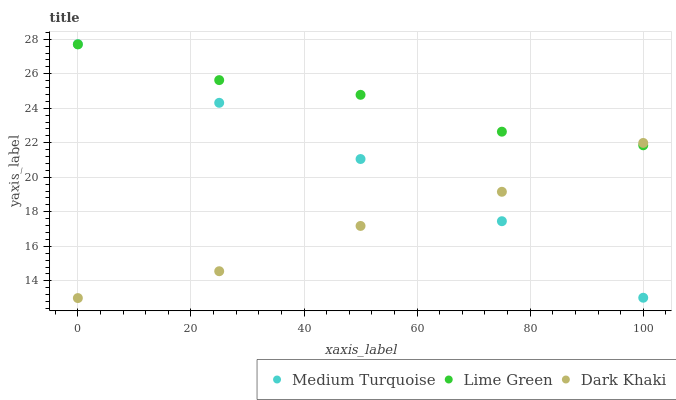
| xaxis_label | Medium Turquoise | Lime Green | Dark Khaki |
 | --- | --- | --- | --- |
 | 0 | 27.7 | 27.7 | 13 |
 | 25 | 24.3 | 25.6 | 14.6 |
 | 50 | 21.1 | 24.8 | 17.2 |
 | 75 | 17.5 | 22.6 | 19.2 |
 | 100 | 13 | 21.9 | 22 |